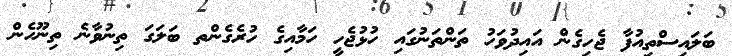
ބަލައިސްތިއުފާ ޖެހިގެން އައިދުވަހު ތަންތަނުގައި ހުޅުޖެހީ ހަމާއިގެ ހުރެގެންތ ބަލަގަ ތިނުވާނެ ތިނޫހެން